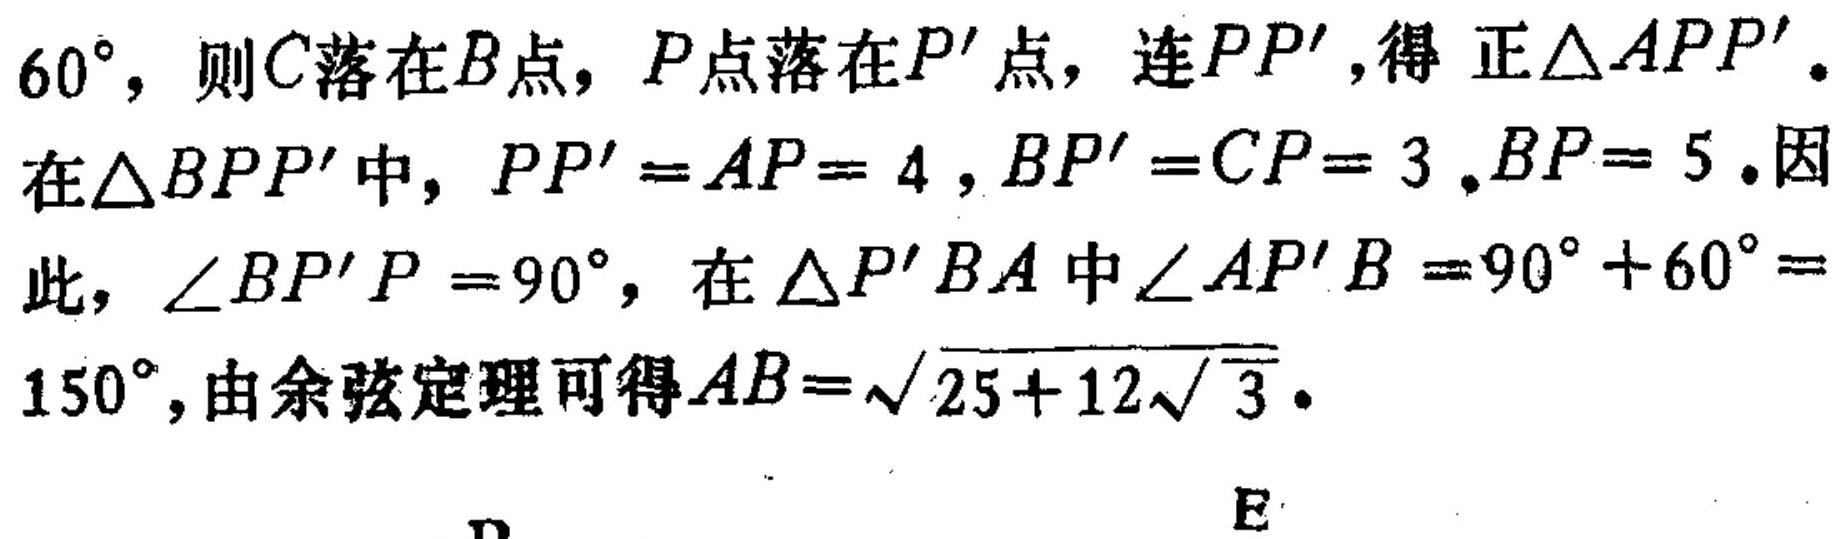
\(60^{\circ}\)，则\(C\)落在\(B\)点，\(P\)点落在\(P'\)点，连\(PP'\)，得正\(\triangle APP'\)。
在\(\triangle BPP'\)中，\(PP' = AP = 4\)，\(BP' = CP = 3\)，\(BP = 5\)。因此，\(\angle BP'P = 90^{\circ}\)，在\(\triangle P'BA\)中\(\angle AP'B = 90^{\circ}+60^{\circ}=150^{\circ}\)，由余弦定理可得\(AB = \sqrt{25 + 12\sqrt{3}}\)。